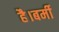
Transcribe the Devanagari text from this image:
है।बर्मी